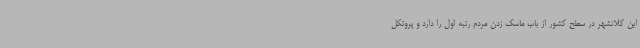
این کلانشهر در سطح کشور از باب ماسک زدن مردم رتبه اول را دارد و پروتکل